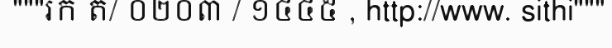
"""រក ត/ ០២០៣ / ១៤៤៥ , http://www. sithi"""